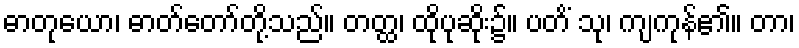
ဓာတုယော၊ ဓာတ်တော်တို့သည်။ တတ္ထ၊ ထိုပုဆိုး၌။ ပတိံ သု၊ ကျကုန်၏။ တာ၊